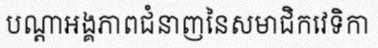
បណ្តាអង្គភាពជំនាញនៃសមាជិកវេទិកា